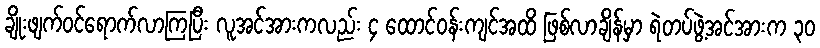
ချိုးဖျက်ဝင်ရောက်လာကြပြီး လူအင်အားကလည်း ၄ ထောင်ဝန်းကျင်အထိ ဖြစ်လာချိန်မှာ ရဲတပ်ဖွဲ့အင်အားက ၃၀